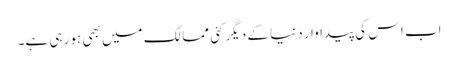
اب اس کی پیداوار دنیا کے دیگر کئی ممالک میں بھی ہو رہی ہے۔